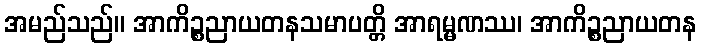
အမည်သည်။ အာကိဉ္စညာယတနသမာပတ္တိ အာရမ္မဏဿ၊ အာကိဉ္စညာယတန